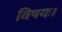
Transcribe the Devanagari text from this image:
विषयः।